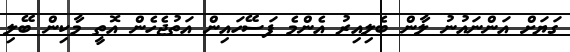
ގަޔަށް އަންނައުނު ލާން ބެލިއިރު އެންމެ ފަސޭހައިން އަތުޖެހެން އޮތީ މާކިން ބޭލި